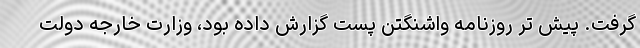
گرفت. پیش تر روزنامه واشنگتن پست گزارش داده بود، وزارت خارجه دولت